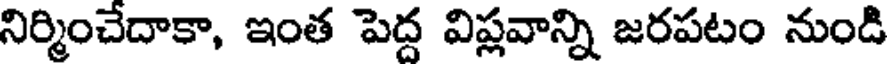
నిర్మించేదాకా, ఇంత పెద్ద విప్లవాన్ని జరపటం నుండి